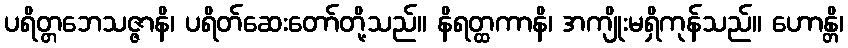
ပရိတ္တဘေသဇ္ဇာနိ၊ ပရိတ်ဆေးတော်တို့သည်။ နိရတ္ထကာနိ၊ အကျိုးမရှိကုန်သည်။ ဟောန္တိ၊